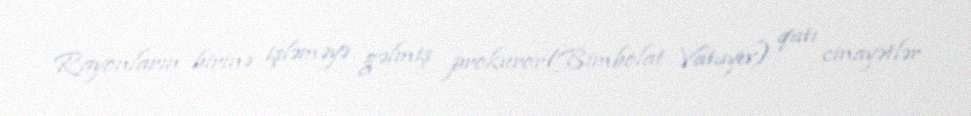
Rayonların birinə işləməyə gəlmiş prokuror(Bimbolat Vatayev) qatı cinayətlər